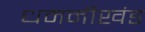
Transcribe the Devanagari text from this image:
धमनीखंड